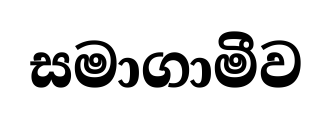
සමාගාමීව